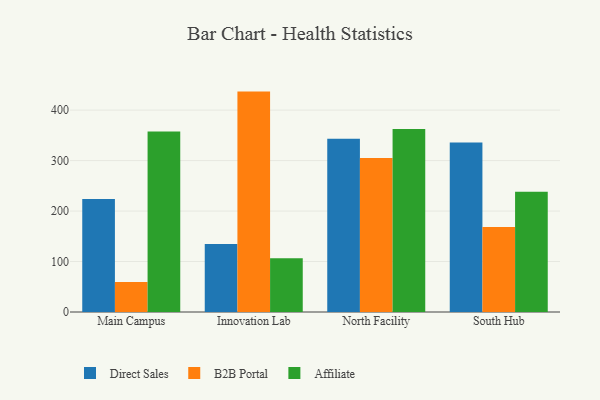
{"axis": {"x": "Campus", "y": "Revenue (USD Million)"}, "legend": ["Affiliate", "B2B Portal", "Direct Sales"], "data": [{"x": "Main Campus", "y": 224.0, "type": "Direct Sales"}, {"x": "Main Campus", "y": 59.3, "type": "B2B Portal"}, {"x": "Main Campus", "y": 357.8, "type": "Affiliate"}, {"x": "Innovation Lab", "y": 134.9, "type": "Direct Sales"}, {"x": "Innovation Lab", "y": 436.7, "type": "B2B Portal"}, {"x": "Innovation Lab", "y": 106.7, "type": "Affiliate"}, {"x": "North Facility", "y": 343.4, "type": "Direct Sales"}, {"x": "North Facility", "y": 305.1, "type": "B2B Portal"}, {"x": "North Facility", "y": 362.5, "type": "Affiliate"}, {"x": "South Hub", "y": 335.6, "type": "Direct Sales"}, {"x": "South Hub", "y": 168.5, "type": "B2B Portal"}, {"x": "South Hub", "y": 238.2, "type": "Affiliate"}]}